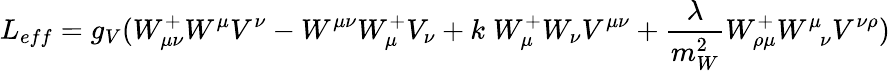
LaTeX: L_{eff}=g_{V}(W_{\mu\nu}^{+}W^{\mu}V^{\nu}-W^{\mu\nu}W_{\mu}^{+}V_{\nu}+k\; W_{\mu}^{+}W_{\nu}V^{\mu\nu}+\frac{\lambda}{m_{W}^{2}}W_{\rho\mu}^{+}W_{\; \; \nu}^{\mu}V^{\nu\rho})